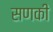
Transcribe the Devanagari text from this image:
सणकी